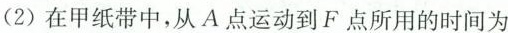
(2)在甲纸带中，从A点运动到F点所用的时间为